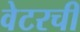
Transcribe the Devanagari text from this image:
वेटरची